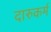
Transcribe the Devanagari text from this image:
दारुकर्म